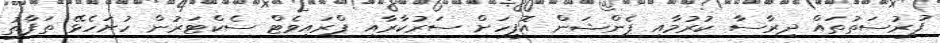
ފުރުސަތުތައް ދިރާސާ ކުރުމާއި ޕެންޝަން އޮފީހަށް ސަރުކާރާއި ޕްރައިވެޓް ސެކްޓަރުން ހުށަހެޅޭ ތަފާތު